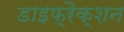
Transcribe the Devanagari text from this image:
डाइफ्रैक्शन